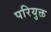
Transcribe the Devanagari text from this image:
परियुक्त